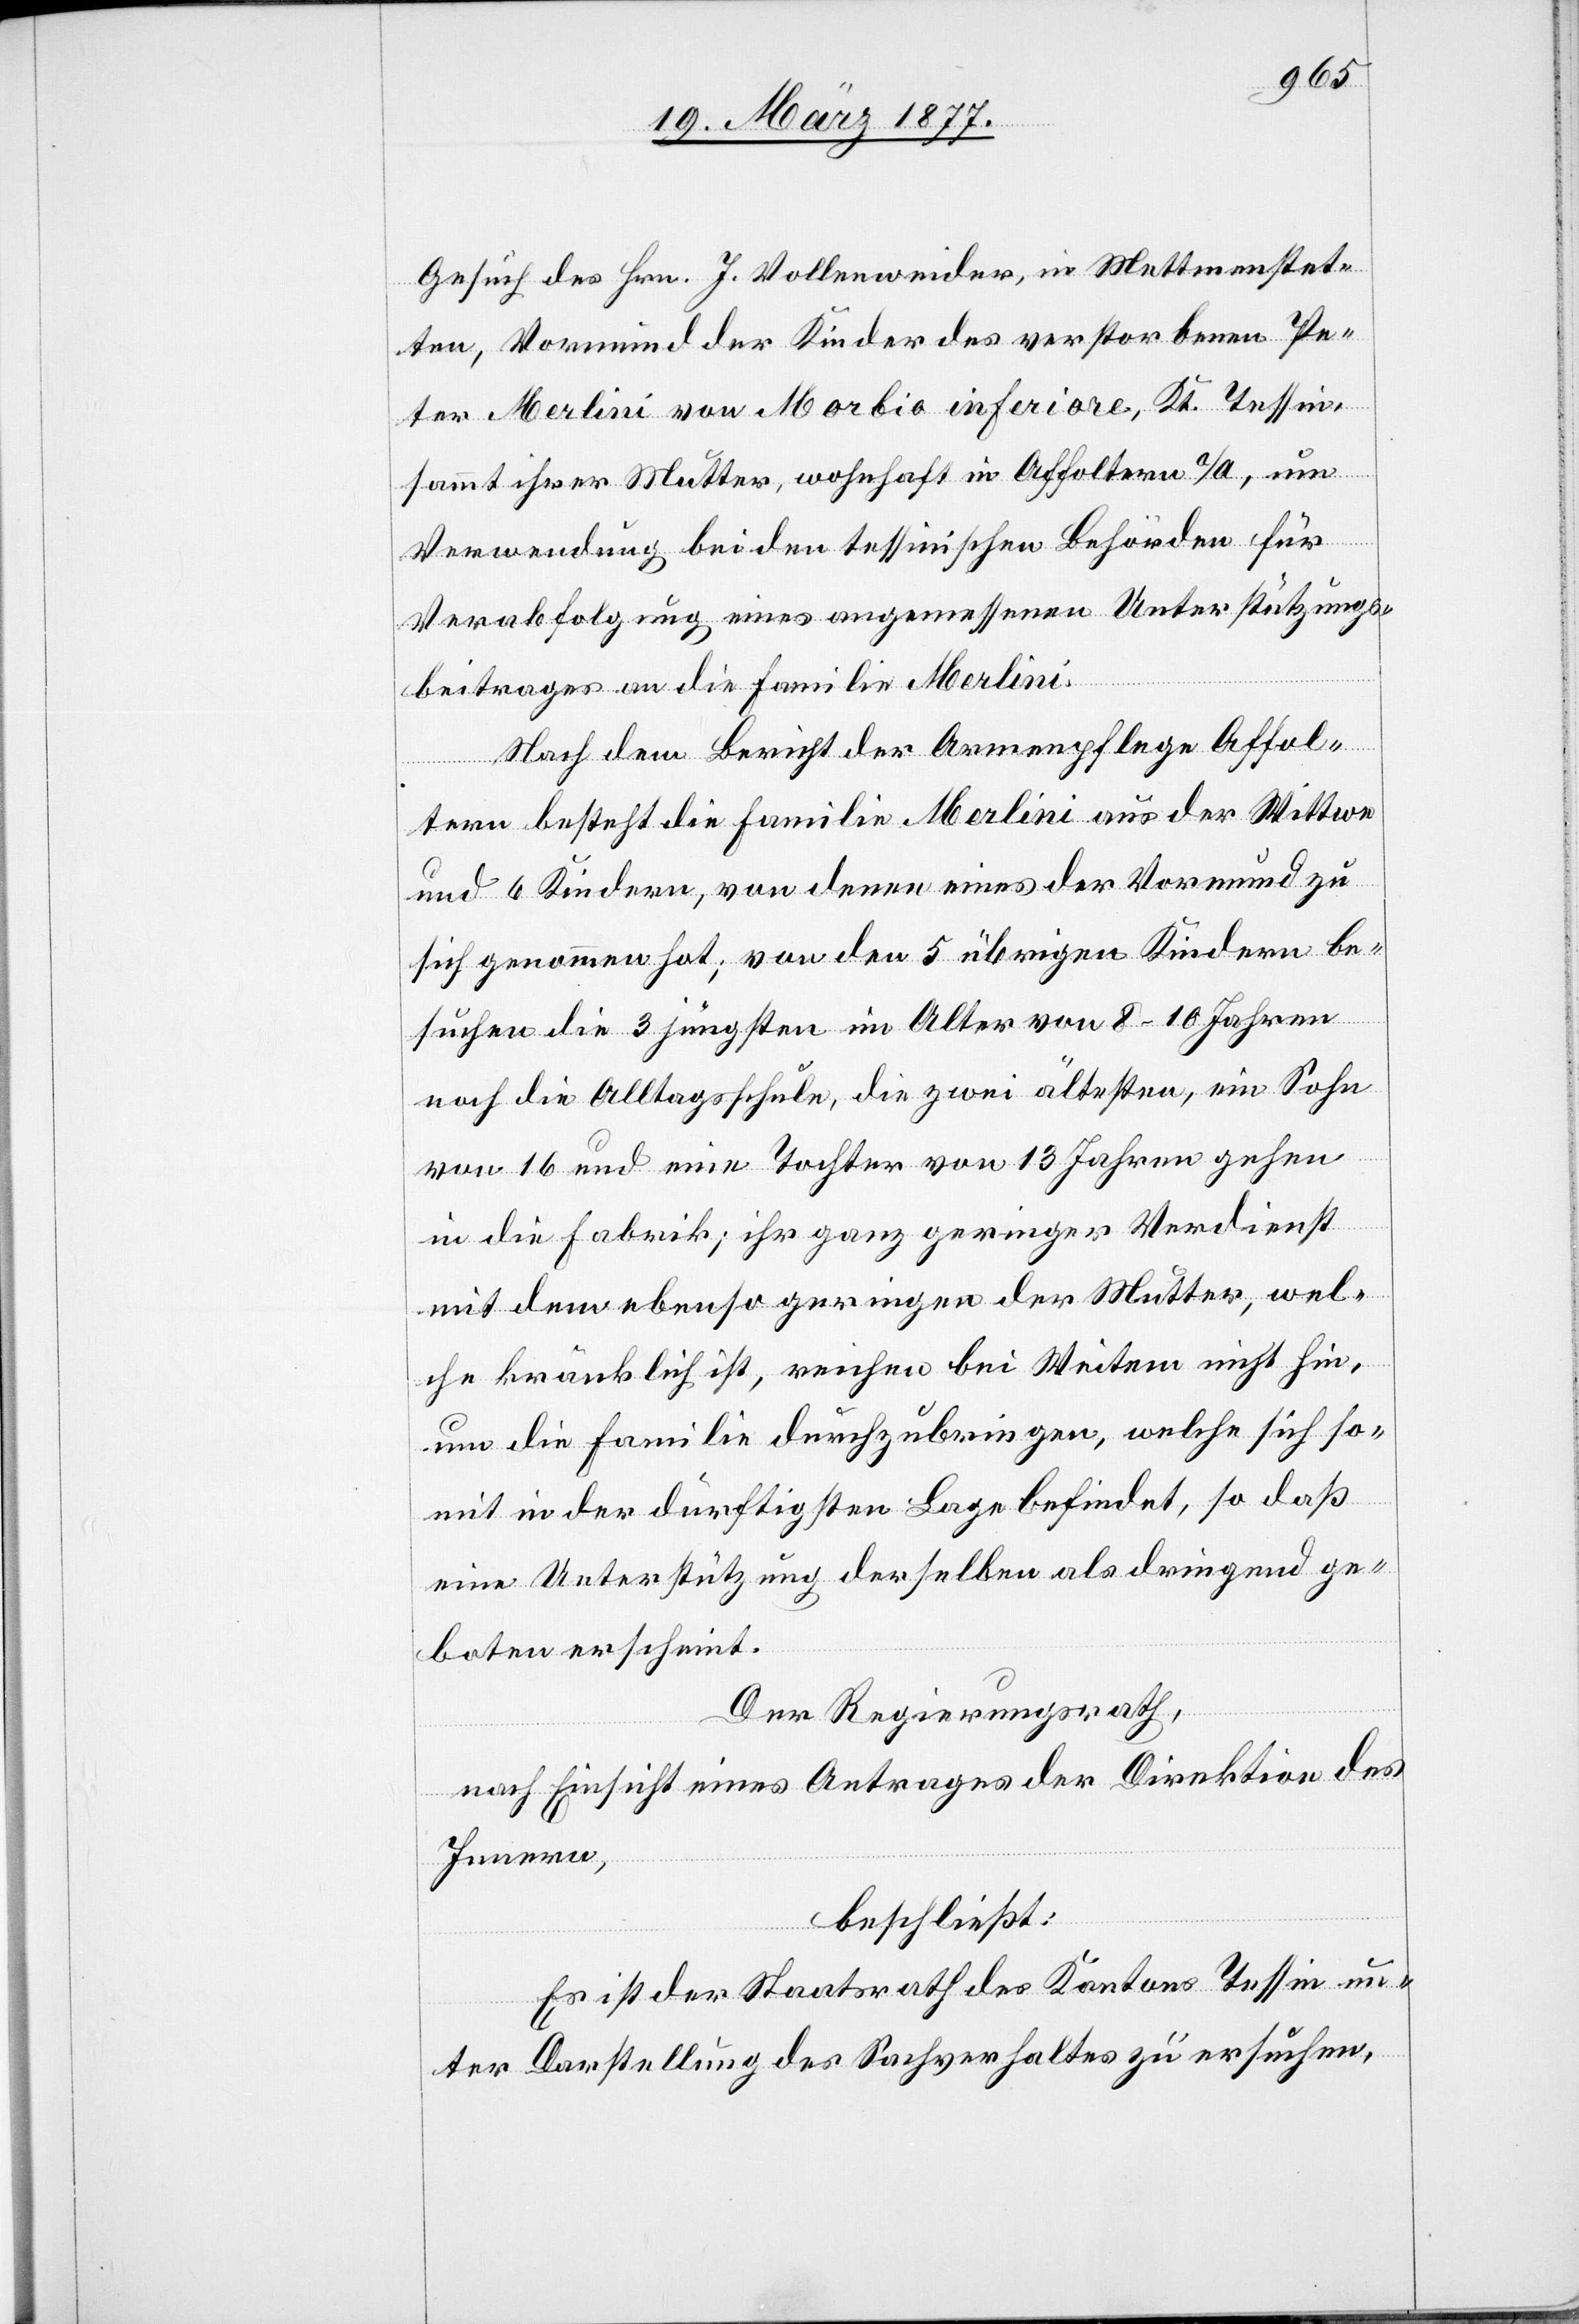
Gesuch des Hrn. J. Vollenweider, in Mettmenstet¬
ten, Vormund der Kinder des verstorbenen Pe¬
ter Merlini von Morbio inferiore, Kt. Tessin,
sammt ihrer Mutter, wohnhaft in Affoltern a/A, um
Verwendung bei den tessinischen Behörden für
Verabfolgung eines angemessenen Unterstützungs¬
beitrages an die Familie Merlini.
Nach dem Bericht der Armenpflege Affol¬
tern besteht die Familie Merlini aus der Wittwe
und 6 Kindern, von denen eines der Vormund zu
sich genommen hat; von den 5 übrigen Kindern be¬
suchen die 3 jüngsten im Alter von 8–10 Jahren
noch die Alltagsschule, die zwei ältesten, ein Sohn
von 16 und eine Tochter von 13 Jahren gehen
in die Fabrik; ihr ganz geringer Verdienst
mit dem ebenso geringen der Mutter, wel¬
che kränklich ist, reichen bei Weitem nicht hin,
um die Familie durchzubringen, welche sich so¬
mit in der dürftigsten Lage befindet, so daß
eine Unterstützung derselben als dringend ge¬
boten erscheint.
Der Regierungsrath,
nach Einsicht eines Antrages der Direktion des
Innern,
beschließt:
Es ist der Staatsrath des Kantons Tessin un¬
ter Darstellung des Sachverhaltes zu ersuchen,